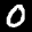
Label: 0